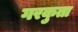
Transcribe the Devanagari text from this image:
गरकुता